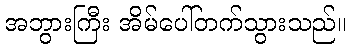
အဘွားကြီး အိမ်ပေါ်တက်သွားသည်။